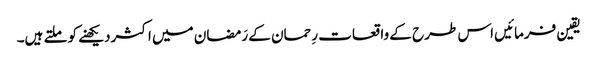
یقین فرمائیں اس طرح کے واقعات رِحمان کے رَمضان میں اکثردیکھنے کو ملتے ہیں۔